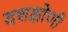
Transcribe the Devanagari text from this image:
दशक्षोणी